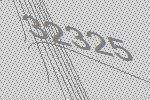
32325